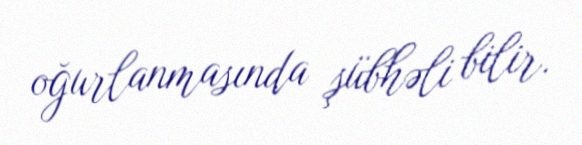
oğurlanmasında şübhəli bilir.